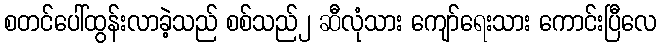
စတင်ပေါ်ထွန်းလာခဲ့သည် စစ်သည်၂ ဆီလုံသား ကျော်ရေးသား ကောင်းပြီလေ